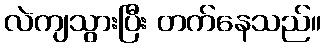
လဲကျသွားပြီး တက်နေသည်။